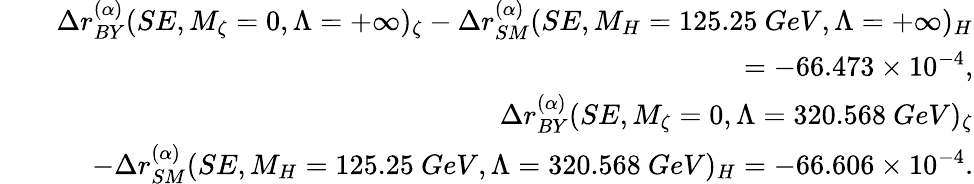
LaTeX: \begin{array}{rlr}&{}&{\Delta r_{BY}^{(\alpha)}(SE,M_{\zeta}=0,\Lambda=+\infty)_{\zeta}-\Delta r_{SM}^{(\alpha)}(SE,M_{H}=125.25\ GeV,\Lambda=+\infty)_{H}}\\ &{}&{=-66.473\times 10^{-4},}\\ &{}&{\Delta r_{BY}^{(\alpha)}(SE,M_{\zeta}=0,\Lambda=320.568\ GeV)_{\zeta}}\\ &{}&{-\Delta r_{SM}^{(\alpha)}(SE,M_{H}=125.25\ GeV,\Lambda=320.568\ GeV)_{H}=-66.606\times 10^{-4}.}\end{array}